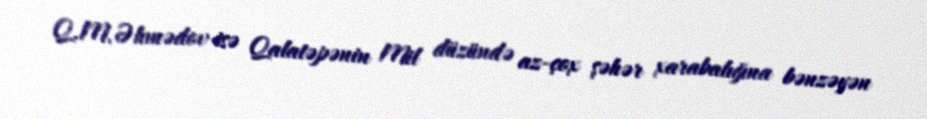
Q.M.Əhmədov isə Qalatəpənin Mil düzündə az-çox şəhər xarabalığına bənzəyən